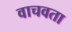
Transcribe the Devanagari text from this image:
वाचवता